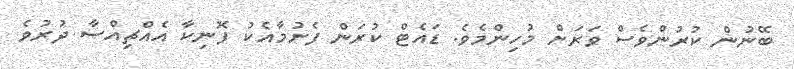
ބޭނުން ކުރުންވެސް ވަރަށް މުހިންމެވެ. ޑައެޓް ކުރަން ފެށުމާއެކު ފޮނިކާ އެއްޗިިއްސާ ދުރުވެ